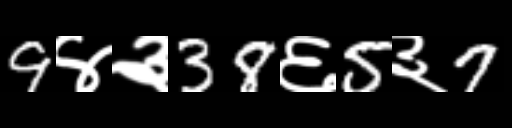
Text: 9४३38६5३7